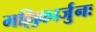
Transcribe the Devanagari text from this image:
मल्लिकार्जुनः